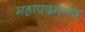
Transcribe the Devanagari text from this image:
महापदमनंद